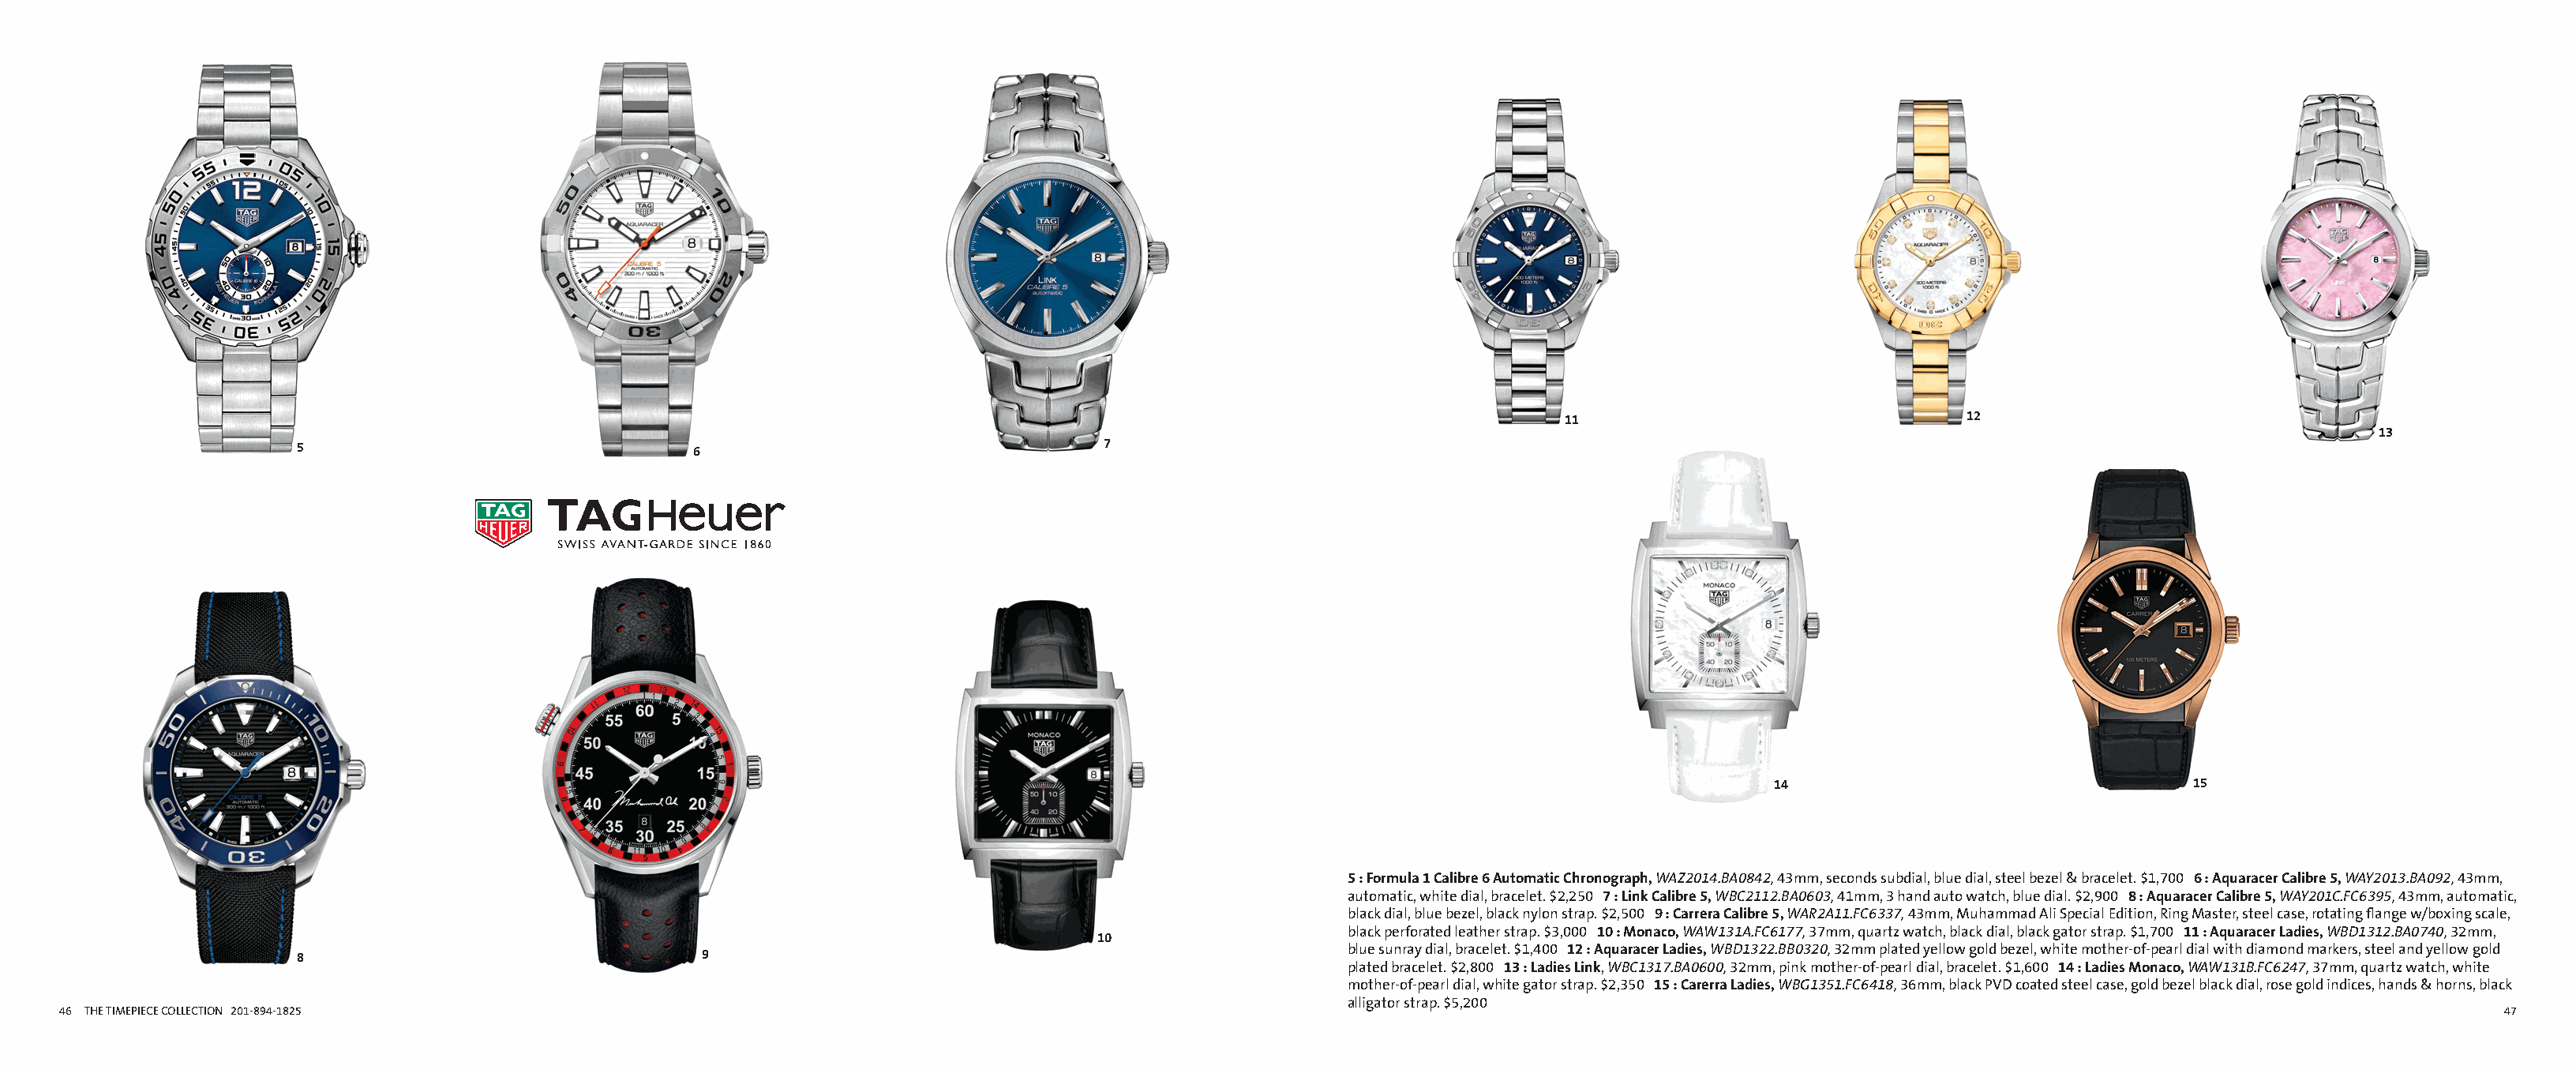
Alternate Insight ai135487b_46 Proof 1                                                              Alternate Insight ai135487b_47 Proof 1
 FullCatalogMech Text                                                                                      FullCatalogMech Text
 11                                12
 13
 5                                6                                  7
 14                                 15
 5 : Formula 1 Calibre 6 Automatic Chronograph, WAZ2014.BA0842, 43mm, seconds subdial, blue dial, steel bezel & bracelet. $1,700 6 : Aquaracer Calibre 5, WAY2013.BA092, 43mm,
 automatic, white dial, bracelet. $2,250 7 : Link Calibre 5, WBC2112.BA0603, 41mm, 3 hand auto watch, blue dial. $2,900 8 : Aquaracer Calibre 5, WAY201C.FC6395, 43mm, automatic,
 black dial, blue bezel, black nylon strap. $2,500 9 : Carrera Calibre 5, WAR2A11.FC6337, 43mm, Muhammad Ali Special Edition, Ring Master, steel case, rotating flange w/boxing scale,
 black perforated leather strap. $3,000 10 : Monaco, WAW131A.FC6177, 37mm, quartz watch, black dial, black gator strap. $1,700 11 : Aquaracer Ladies, WBD1312.BA0740, 32mm,
 10
 blue sunray dial, bracelet. $1,400 12 : Aquaracer Ladies, WBD1322.BB0320, 32mm plated yellow gold bezel, white mother-of-pearl dial with diamond markers, steel and yellow gold
 8                                 9
 plated bracelet. $2,800 13 : Ladies Link, WBC1317.BA0600, 32mm, pink mother-of-pearl dial, bracelet. $1,600 14 : Ladies Monaco, WAW131B.FC6247, 37mm, quartz watch, white
 mother-of-pearl dial, white gator strap. $2,350 15 : Carerra Ladies, WBG1351.FC6418, 36mm, black PVD coated steel case, gold bezel black dial, rose gold indices, hands & horns, black
 alligator strap. $5,200
 46 THE TIMEPIECE COLLECTION 201-894-1825                                                                                                                                                              47
 Cyan Magenta Yellow Black                                                                                   Cyan Magenta Yellow Black